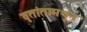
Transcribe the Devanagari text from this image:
वृतांतामधून